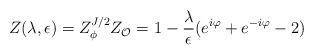
LaTeX: \begin{align*}Z(\lambda,\epsilon)=Z_{\phi}^{J/2}Z_{\cal O}=1-{\lambda\over\epsilon}(e^{i\varphi}+e^{-i\varphi}-2)\end{align*}